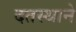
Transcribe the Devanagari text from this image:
दतस्थाने